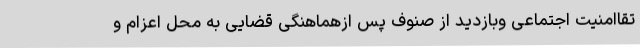
تقاامنیت اجتماعی وبازدید از صنوف پس ازهماهنگی قضایی به محل اعزام و